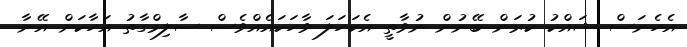
އެހެނަސް ޝައްކު ކުރަން ބޭނުން ނުވާތީ އެކަހަލަ ވާހަކައެއްވެސް ސާލިމްގާތު އަހާކަށް އޭނާ